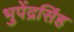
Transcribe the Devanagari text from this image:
भुपेंद्रसिंह